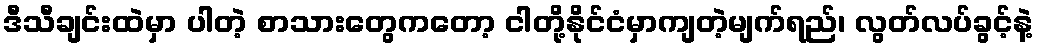
ဒီသီချင်းထဲမှာ ပါတဲ့ စာသားတွေကတော့ ငါတို့နိုင်ငံမှာကျတဲ့မျက်ရည်၊ လွတ်လပ်ခွင့်နဲ့